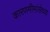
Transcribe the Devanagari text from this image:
कारणमीमांसेच्या